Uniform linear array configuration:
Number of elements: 12
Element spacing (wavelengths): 0.5
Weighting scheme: hann
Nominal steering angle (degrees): -15
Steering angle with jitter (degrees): -13.089
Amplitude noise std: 0.05
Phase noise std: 0.05

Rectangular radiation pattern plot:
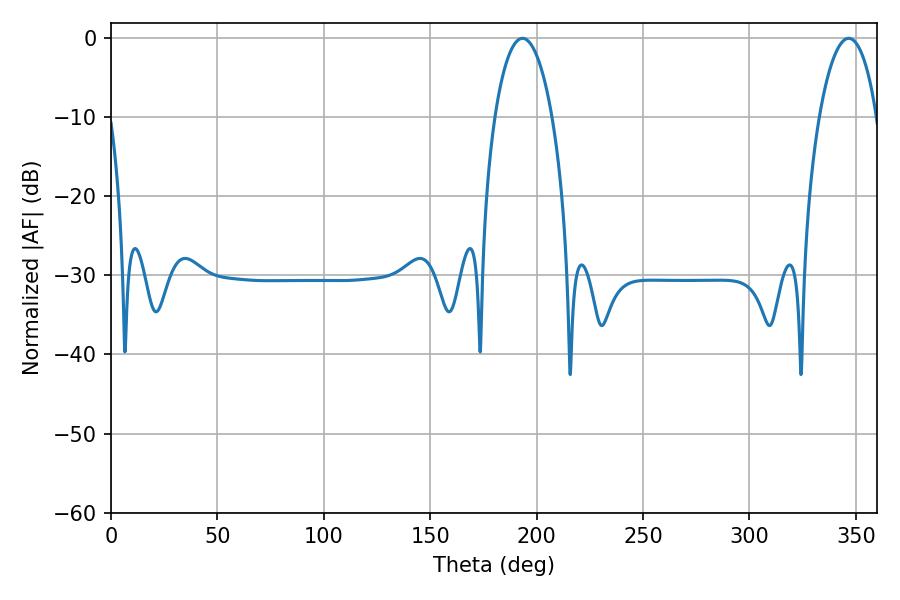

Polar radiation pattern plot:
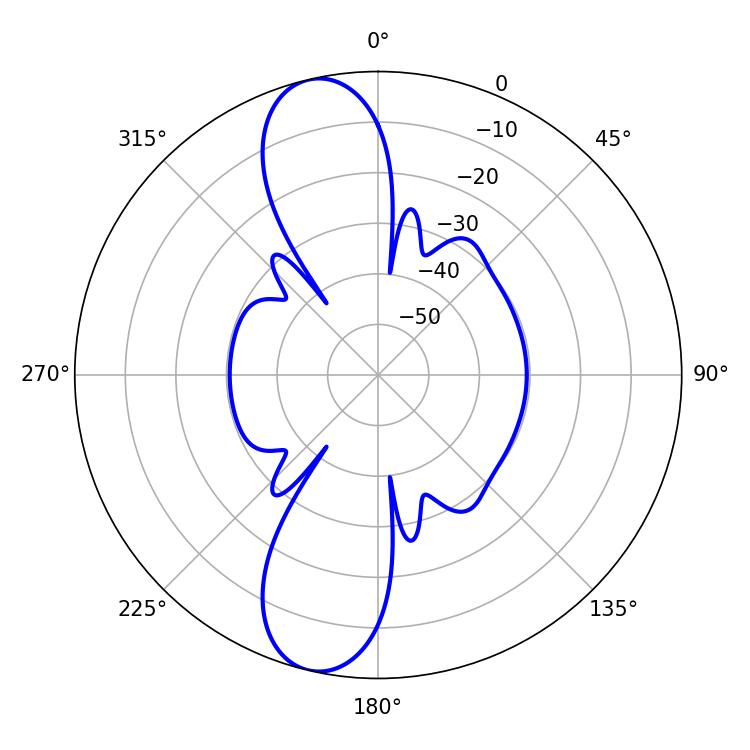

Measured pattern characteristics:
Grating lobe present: FALSE
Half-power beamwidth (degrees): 15.12
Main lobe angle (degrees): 193.32